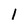
Character: i